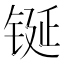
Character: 𮣴